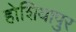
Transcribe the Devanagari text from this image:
होशियापुर